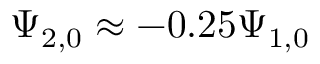
\Psi _ { 2 , 0 } \approx - 0 . 2 5 \Psi _ { 1 , 0 }